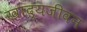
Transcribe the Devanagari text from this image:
खाद्यजीवन